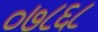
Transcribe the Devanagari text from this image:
०७८६८